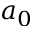
a _ { 0 }